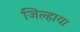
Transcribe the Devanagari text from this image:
जिल्हाया